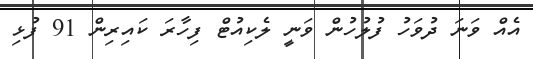
އެއް ވަނަ ދުވަހު ފުލުހުން ވަނީ ލެކިއުޓް ފިހާރަ ކައިރިން 91 ފުޅި